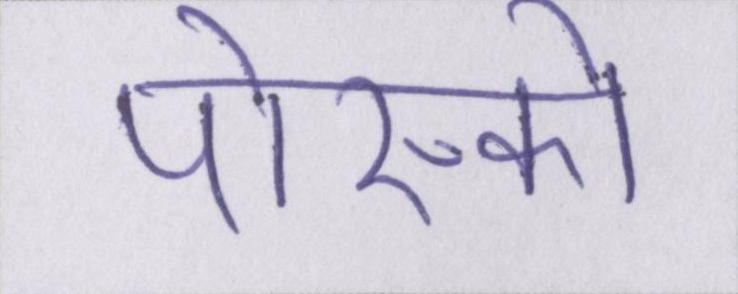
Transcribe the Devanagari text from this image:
पोस्को